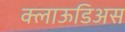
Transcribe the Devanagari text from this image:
क्लाऊडिअस